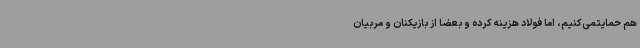
هم حمایتمی‌کنیم، اما فولاد هزینه کرده و بعضا از بازیکنان و مربیان